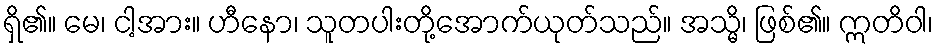
ရှိ၏။ မေ၊ ငါ့အား။ ဟီနော၊ သူတပါးတို့အောက်ယုတ်သည်။ အသ္မိ၊ ဖြစ်၏။ ဣတိဝါ၊